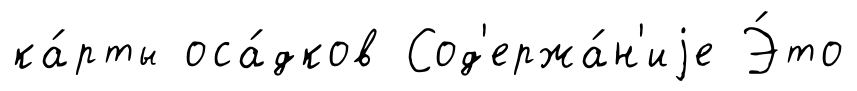
ка́рты оса́дков Сод'ержа́н'иjе Э́то